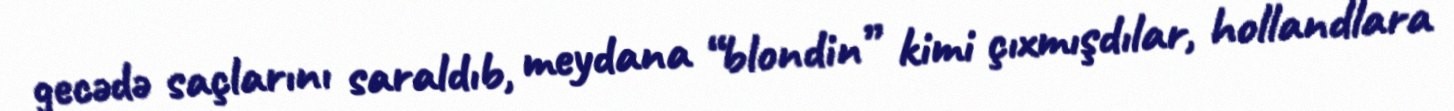
gecədə saçlarını saraldıb, meydana “blondin” kimi çıxmışdılar, hollandlara